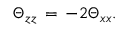
\begin{array} { r } { \Theta _ { z z } \, = \, - 2 \Theta _ { x x } . } \end{array}